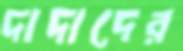
দাদাদের